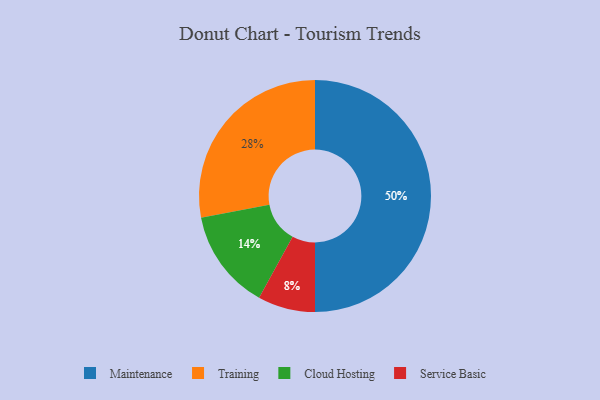
{"axis": {"x": "Category", "y": "Percentage"}, "legend": ["Cloud Hosting", "Maintenance", "Service Basic", "Training"], "data": [{"x": "Service Basic", "y": 8, "type": "Service Basic"}, {"x": "Cloud Hosting", "y": 14, "type": "Cloud Hosting"}, {"x": "Training", "y": 28, "type": "Training"}, {"x": "Maintenance", "y": 50, "type": "Maintenance"}]}